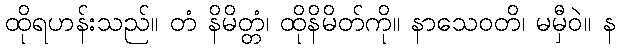
ထိုရဟန်းသည်။ တံ နိမိတ္တံ၊ ထိုနိမိတ်ကို။ နာသေဝတိ၊ မမှီဝဲ။ န